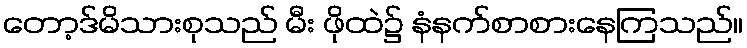
တော့ဒ်မိသားစုသည် မီး ဖိုထဲ၌ နံနက်စာစားနေကြသည်။